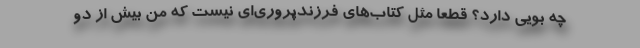
چه بویی دارد؟ قطعاً مثل کتاب‌های فرزندپروری‌ای نیست که من بیش از دو